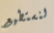
لنستطيع